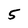
Character: 5